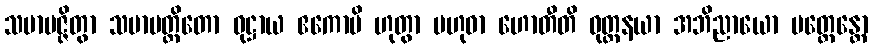
သမာပဇ္ဇိတွာ သမာပတ္တိတော ဝုဋ္ဌာယ ဧကောပိ ဟုတွာ ဗဟုဓာ ဟောတီတိ ဝုတ္တနယာ အဘိညာယော ပတ္ထေန္တော